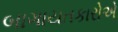
બાગાયતકારોએ